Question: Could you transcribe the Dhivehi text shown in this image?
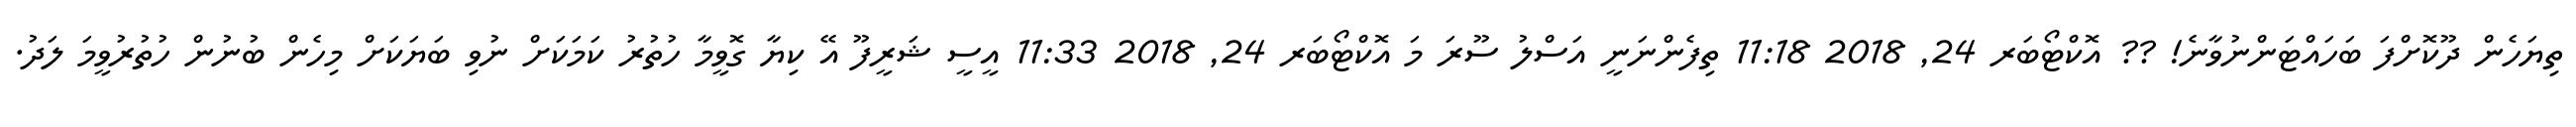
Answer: ތިޔަހެން ދޫކޮށްފަ ބަހައްޓަންނުވާނެ! ?? އޮކްޓޯބަރ 24, 2018 11:18 ތިފެންނަނީ އަސްލު ސޫރަ މަ އޮކްޓޯބަރ 24, 2018 11:33 އީސީ ޝަރީފޫ އޭ ކިޔާ ގޮވީމާ ހުތުރު ކަމަކަށް ނުވި ބަޔަކަށް މިހެން ބުނުން ހުތުރުވީމަ ލަދު.